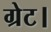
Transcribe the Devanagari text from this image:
ग्रेट।